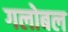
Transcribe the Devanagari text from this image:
गलोबल